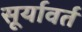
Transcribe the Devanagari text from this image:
सूर्यावर्त